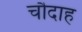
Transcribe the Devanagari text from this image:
चौदाह